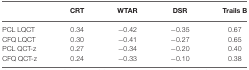
|  | CRT | WTAR | DSR | Trails B |
 | --- | --- | --- | --- | --- |
 | PCL LQCT | 0.34 | −0.42 | −0.35 | 0.67 |
 | CFQ LQCT | 0.30 | −0.41 | −0.27 | 0.65 |
 | PCL QCT-z | 0.27 | −0.34 | −0.20 | 0.40 |
 | CFQ QCT-z | 0.24 | −0.33 | −0.10 | 0.38 |